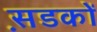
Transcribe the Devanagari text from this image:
स़डकों